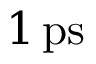
1 \, \mathrm { p s }